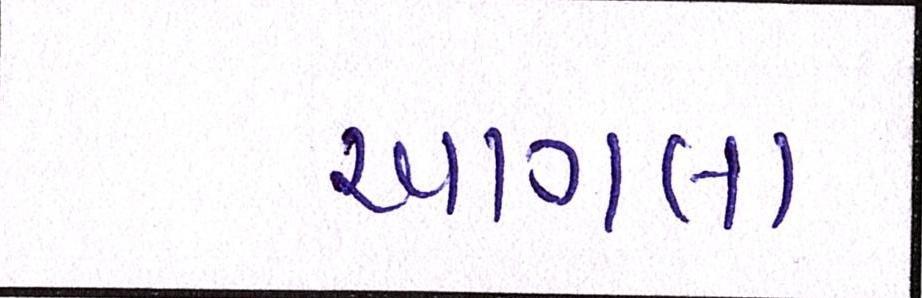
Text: આગલા